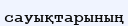
сауықтарының